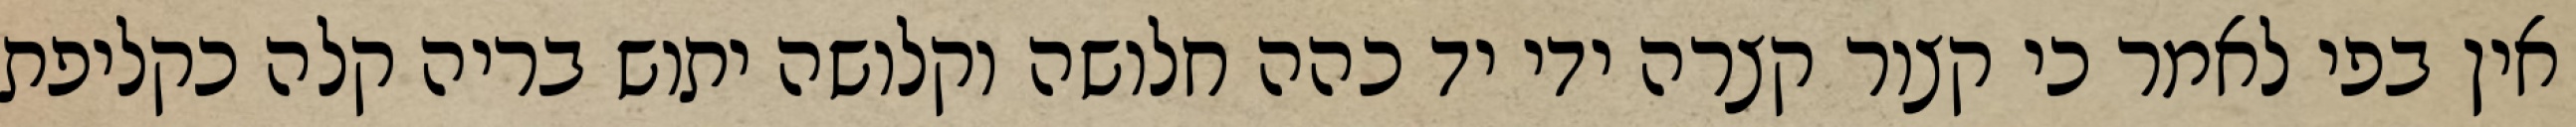
אין בפי לאמר כי קצור קצרה ידי יד כהה חלושה וקלושה יתוש בריה קלה כקליפת